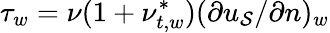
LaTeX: \tau_{w}=\nu(1+\nu_{t,w}^{*})(\partial{u_{\mathcal{S}}}/\partial{n})_{w}